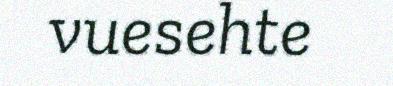
vuesehte